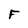
Character: F